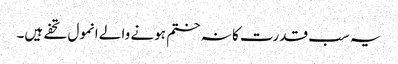
یہ سب قدرت کا نہ ختم ہونے والے انمول تحفے ہیں۔